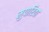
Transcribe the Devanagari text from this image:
मुपारिवा